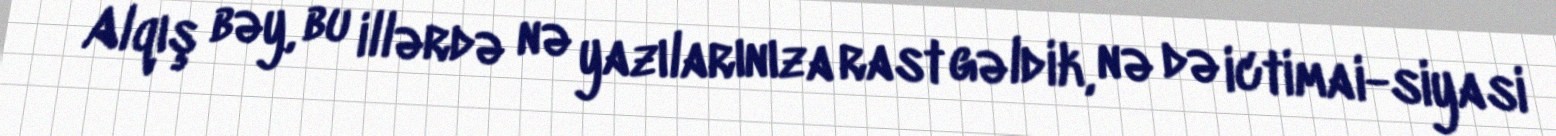
- Alqış bəy, bu illərdə nə yazılarınıza rast gəldik, nə də ictimai-siyasi